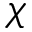
\chi